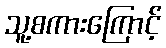
သူ့စကားကြောင့်